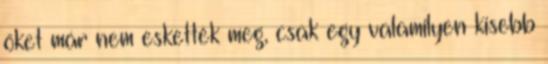
őket már nem eskették meg, csak egy valamilyen kisebb